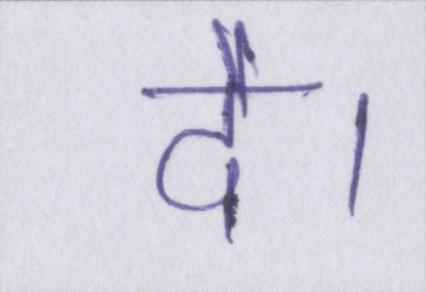
दे।